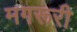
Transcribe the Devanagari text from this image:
मगरूरी